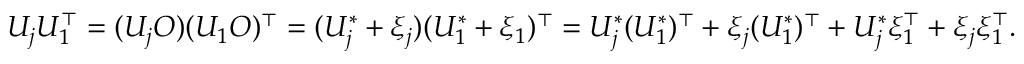
\begin{array} { r } { U _ { j } U _ { 1 } ^ { \top } = ( U _ { j } O ) ( U _ { 1 } O ) ^ { \top } = ( U _ { j } ^ { * } + \xi _ { j } ) ( U _ { 1 } ^ { * } + \xi _ { 1 } ) ^ { \top } = U _ { j } ^ { * } ( U _ { 1 } ^ { * } ) ^ { \top } + \xi _ { j } ( U _ { 1 } ^ { * } ) ^ { \top } + U _ { j } ^ { * } \xi _ { 1 } ^ { \top } + \xi _ { j } \xi _ { 1 } ^ { \top } . } \end{array}